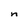
Character: n